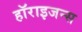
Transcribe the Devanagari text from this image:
हॉराइजन्स